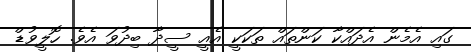
ގައި އެމެން އެދައްކާ ކަންތައް ތަކަކީ އެއީ ސީދާ ބިދުވަ އެވެ. ހޮލީވުޑް